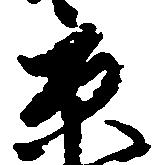
京